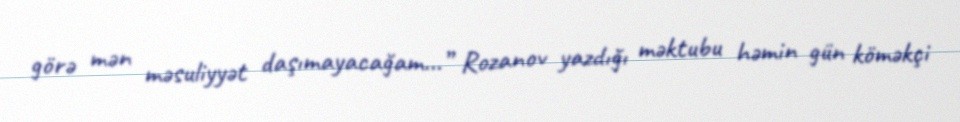
görə mən məsuliyyət daşımayacağam...” Rozanov yazdığı məktubu həmin gün köməkçi